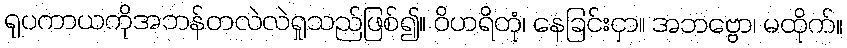
ရုပကာယကိုအဘန်တလဲလဲရှုသည်ဖြစ်၍။ ဝိဟရိတုံ၊ နေခြင်းငှာ။ အဘဗ္ဗော၊ မထိုက်။